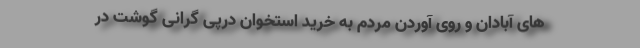
های آبادان و روی‌ آوردن مردم به خرید استخوان درپی گرانی گوشت‌ در